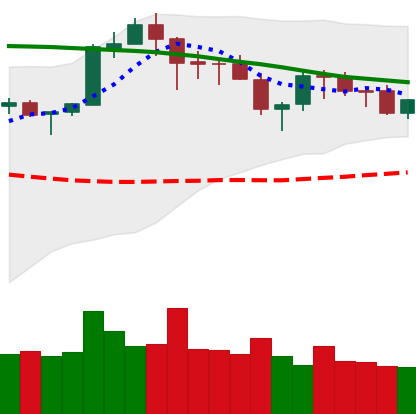
Ticker: ETH-USD
Chart end date: 2018-05-18
Forward return: -15.954%
Label: down_7plus